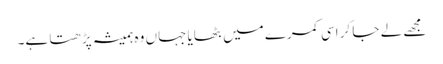
مجھے لے جا کر اسی کمرے میں بٹھایا جہاں وہ ہمیشہ پڑھتا ہے۔